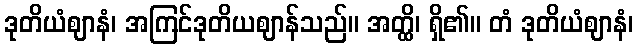
ဒုတိယံဈာနံ၊ အကြင်ဒုတိယဈာန်သည်။ အတ္ထိ၊ ရှိ၏။ တံ ဒုတိယံဈာနံ၊